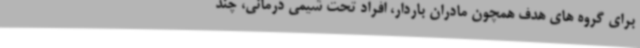
برای گروه های هدف همچون مادران باردار، افراد تحت شیمی درمانی، چند